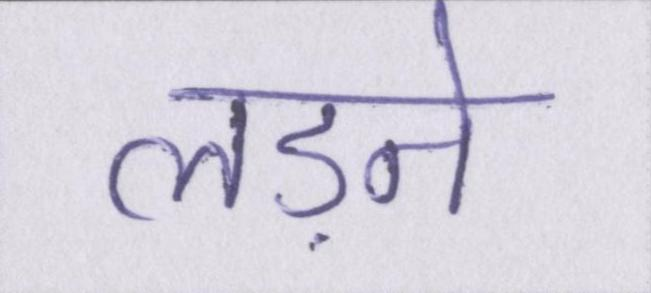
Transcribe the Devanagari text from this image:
लड़ने